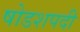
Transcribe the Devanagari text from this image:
षोडशपदी